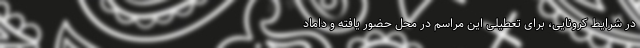
در شرایط کرونایی، برای تعطیلی این مراسم در محل حضور یافته و داماد